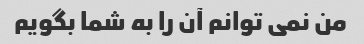
من نمی توانم آن را به شما بگویم